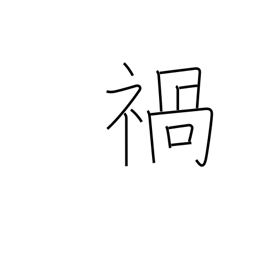
Meaning: calamity